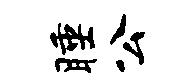
睡公